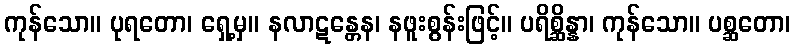
ကုန်သော။ ပုရတော၊ ရှေ့မှ။ နလာဋန္တေန၊ နဖူးစွန်းဖြင့်။ ပရိစ္ဆိန္နာ၊ ကုန်သော။ ပစ္ဆတော၊